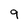
Character: 9